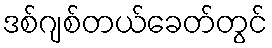
ဒစ်ဂျစ်တယ်ခေတ်တွင်